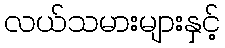
လယ်သမားများနှင့်